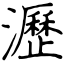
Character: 瀝